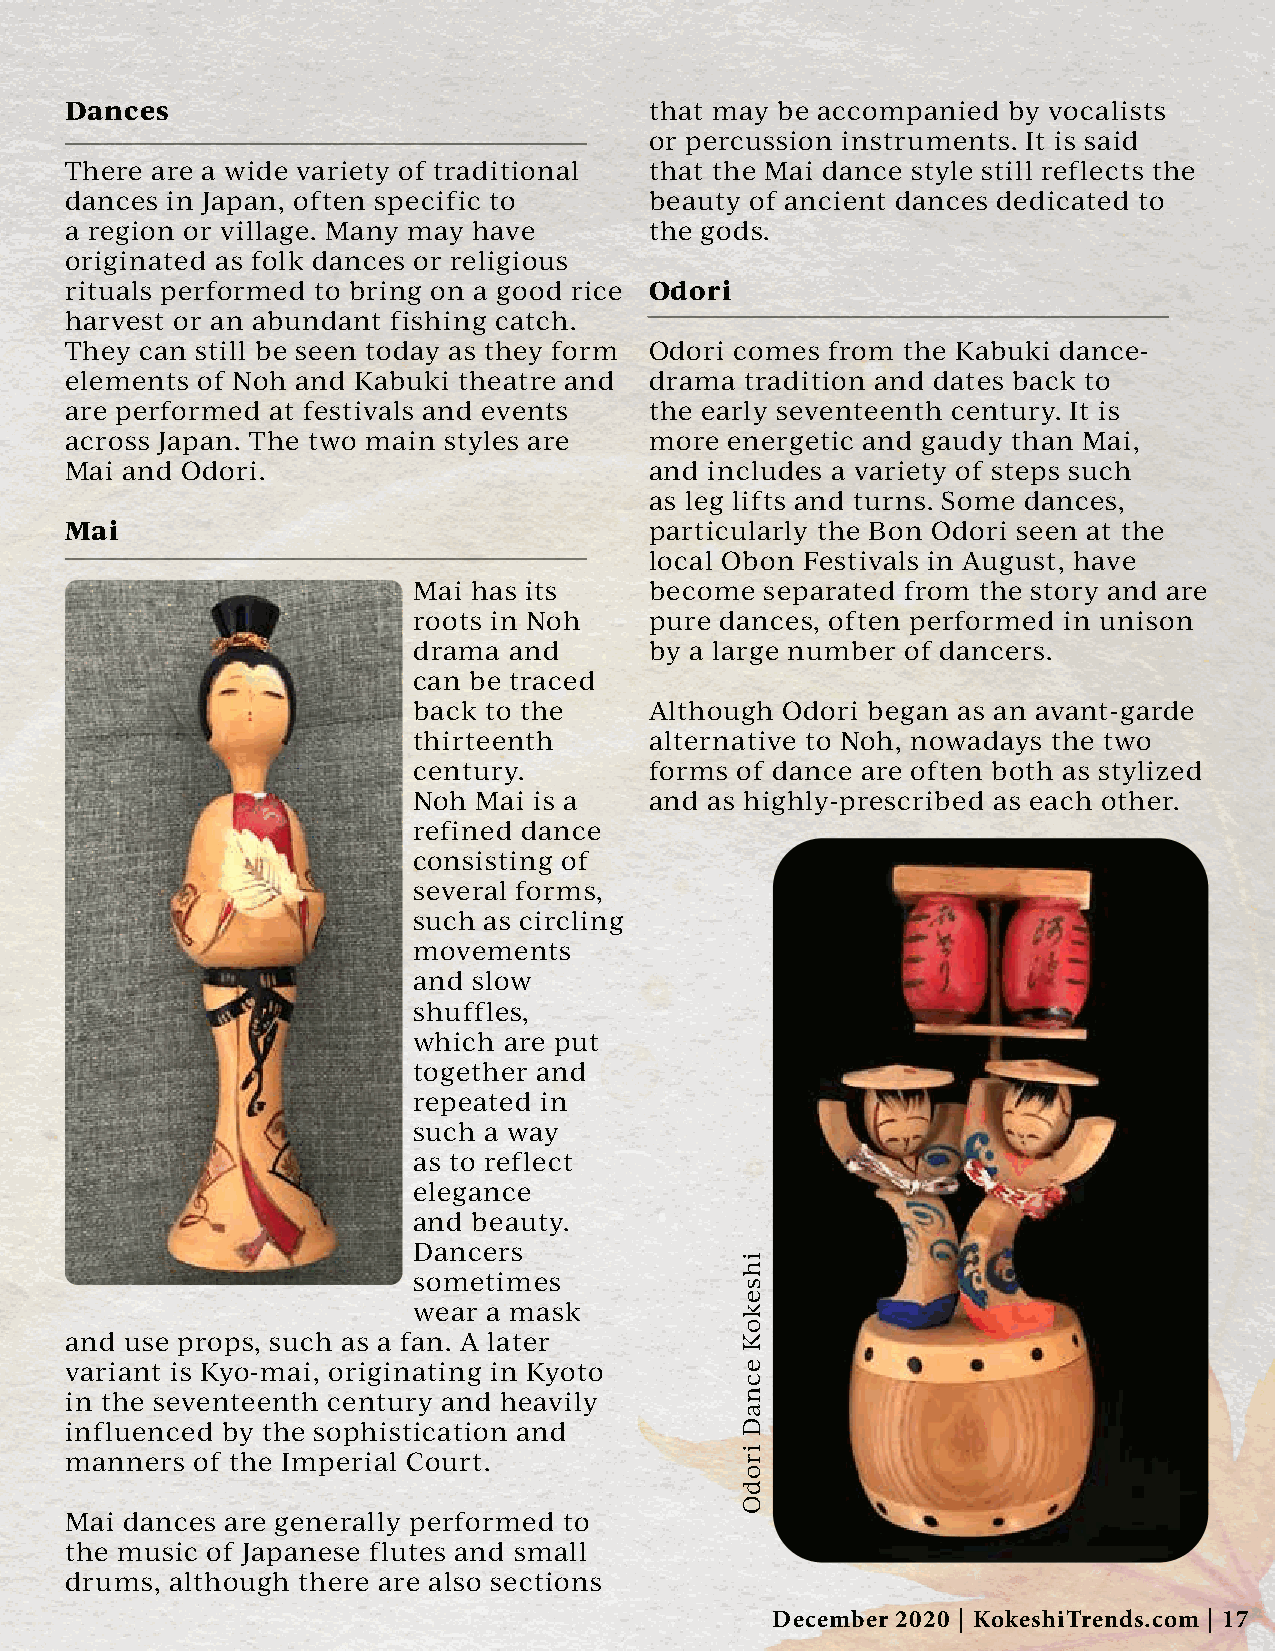
Dances                                 that may be accompanied by vocalists
 or percussion instruments. It is said
 There are a wide variety of traditional that the Mai dance style still reflects the
 dances in Japan, often specific to     beauty of ancient dances dedicated to
 a region or village. Many may have     the gods.
 originated as folk dances or religious
 rituals performed to bring on a good rice Odori
 harvest or an abundant fishing catch.
 They can still be seen today as they form Odori comes from the Kabuki dance-
 elements of Noh and Kabuki theatre and drama tradition and dates back to
 are performed at festivals and events  the early seventeenth century. It is
 across Japan. The two main styles are  more energetic and gaudy than Mai,
 Mai and Odori.                         and includes a variety of steps such
 as leg lifts and turns. Some dances,
 Mai                                    particularly the Bon Odori seen at the
 local Obon Festivals in August, have
 Mai has its     become  separated from the story and are
 roots in Noh    pure dances, often performed in unison
 drama  and      by a large number of dancers.
 can be traced
 back to the     Although Odori began as an avant-garde
 thirteenth      alternative to Noh, nowadays the two
 century.        forms of dance are often both as stylized
 Noh Mai is a    and as highly-prescribed as each other.
 refined dance
 consisting of
 several forms,
 such as circling
 movements
 and slow
 shuffles,
 which are put
 together and
 repeated in
 such a way
 as to reflect
 elegance
 and beauty.
 Dancers
 sometimes
 wear a mask
 and use props, such as a fan. A later
 variant is Kyo-mai, originating in Kyoto
 in the seventeenth century and heavily
 influenced by the sophistication and
 manners  of the Imperial Court.
 Mai dances are generally performed to
 the music of Japanese flutes and small
 drums, although there are also sections
 December 2020 | KokeshiTrends.com | 17
 ihsekoK
 ecnaD
 irodO